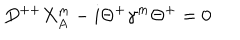
D ^ { + + } X _ { A } ^ { m } - i \Theta ^ { + } \gamma ^ { m } \Theta ^ { + } = 0